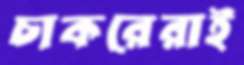
চাকরেরাই